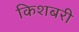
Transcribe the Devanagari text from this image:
किशबरी